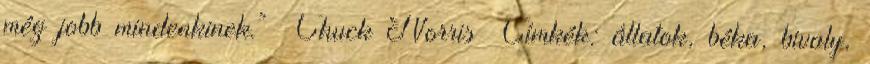
még jobb mindenkinek.” Chuck Norris Címkék: állatok, béka, bivaly,